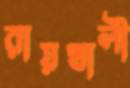
রায়খালী